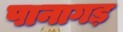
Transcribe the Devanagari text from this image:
पानागड़